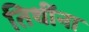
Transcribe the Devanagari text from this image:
तिथींना